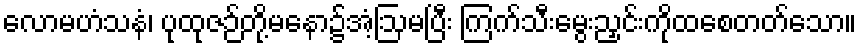
လောမဟံသနံ၊ ပုထုဇဉ်တို့မနော၌အံ့ဩမပြီး ကြက်သီးမွေးညှင်းကိုထစေတတ်သော။